Vaike-Kullamaa_(Vaikna)_vallavalitsus, lk 33
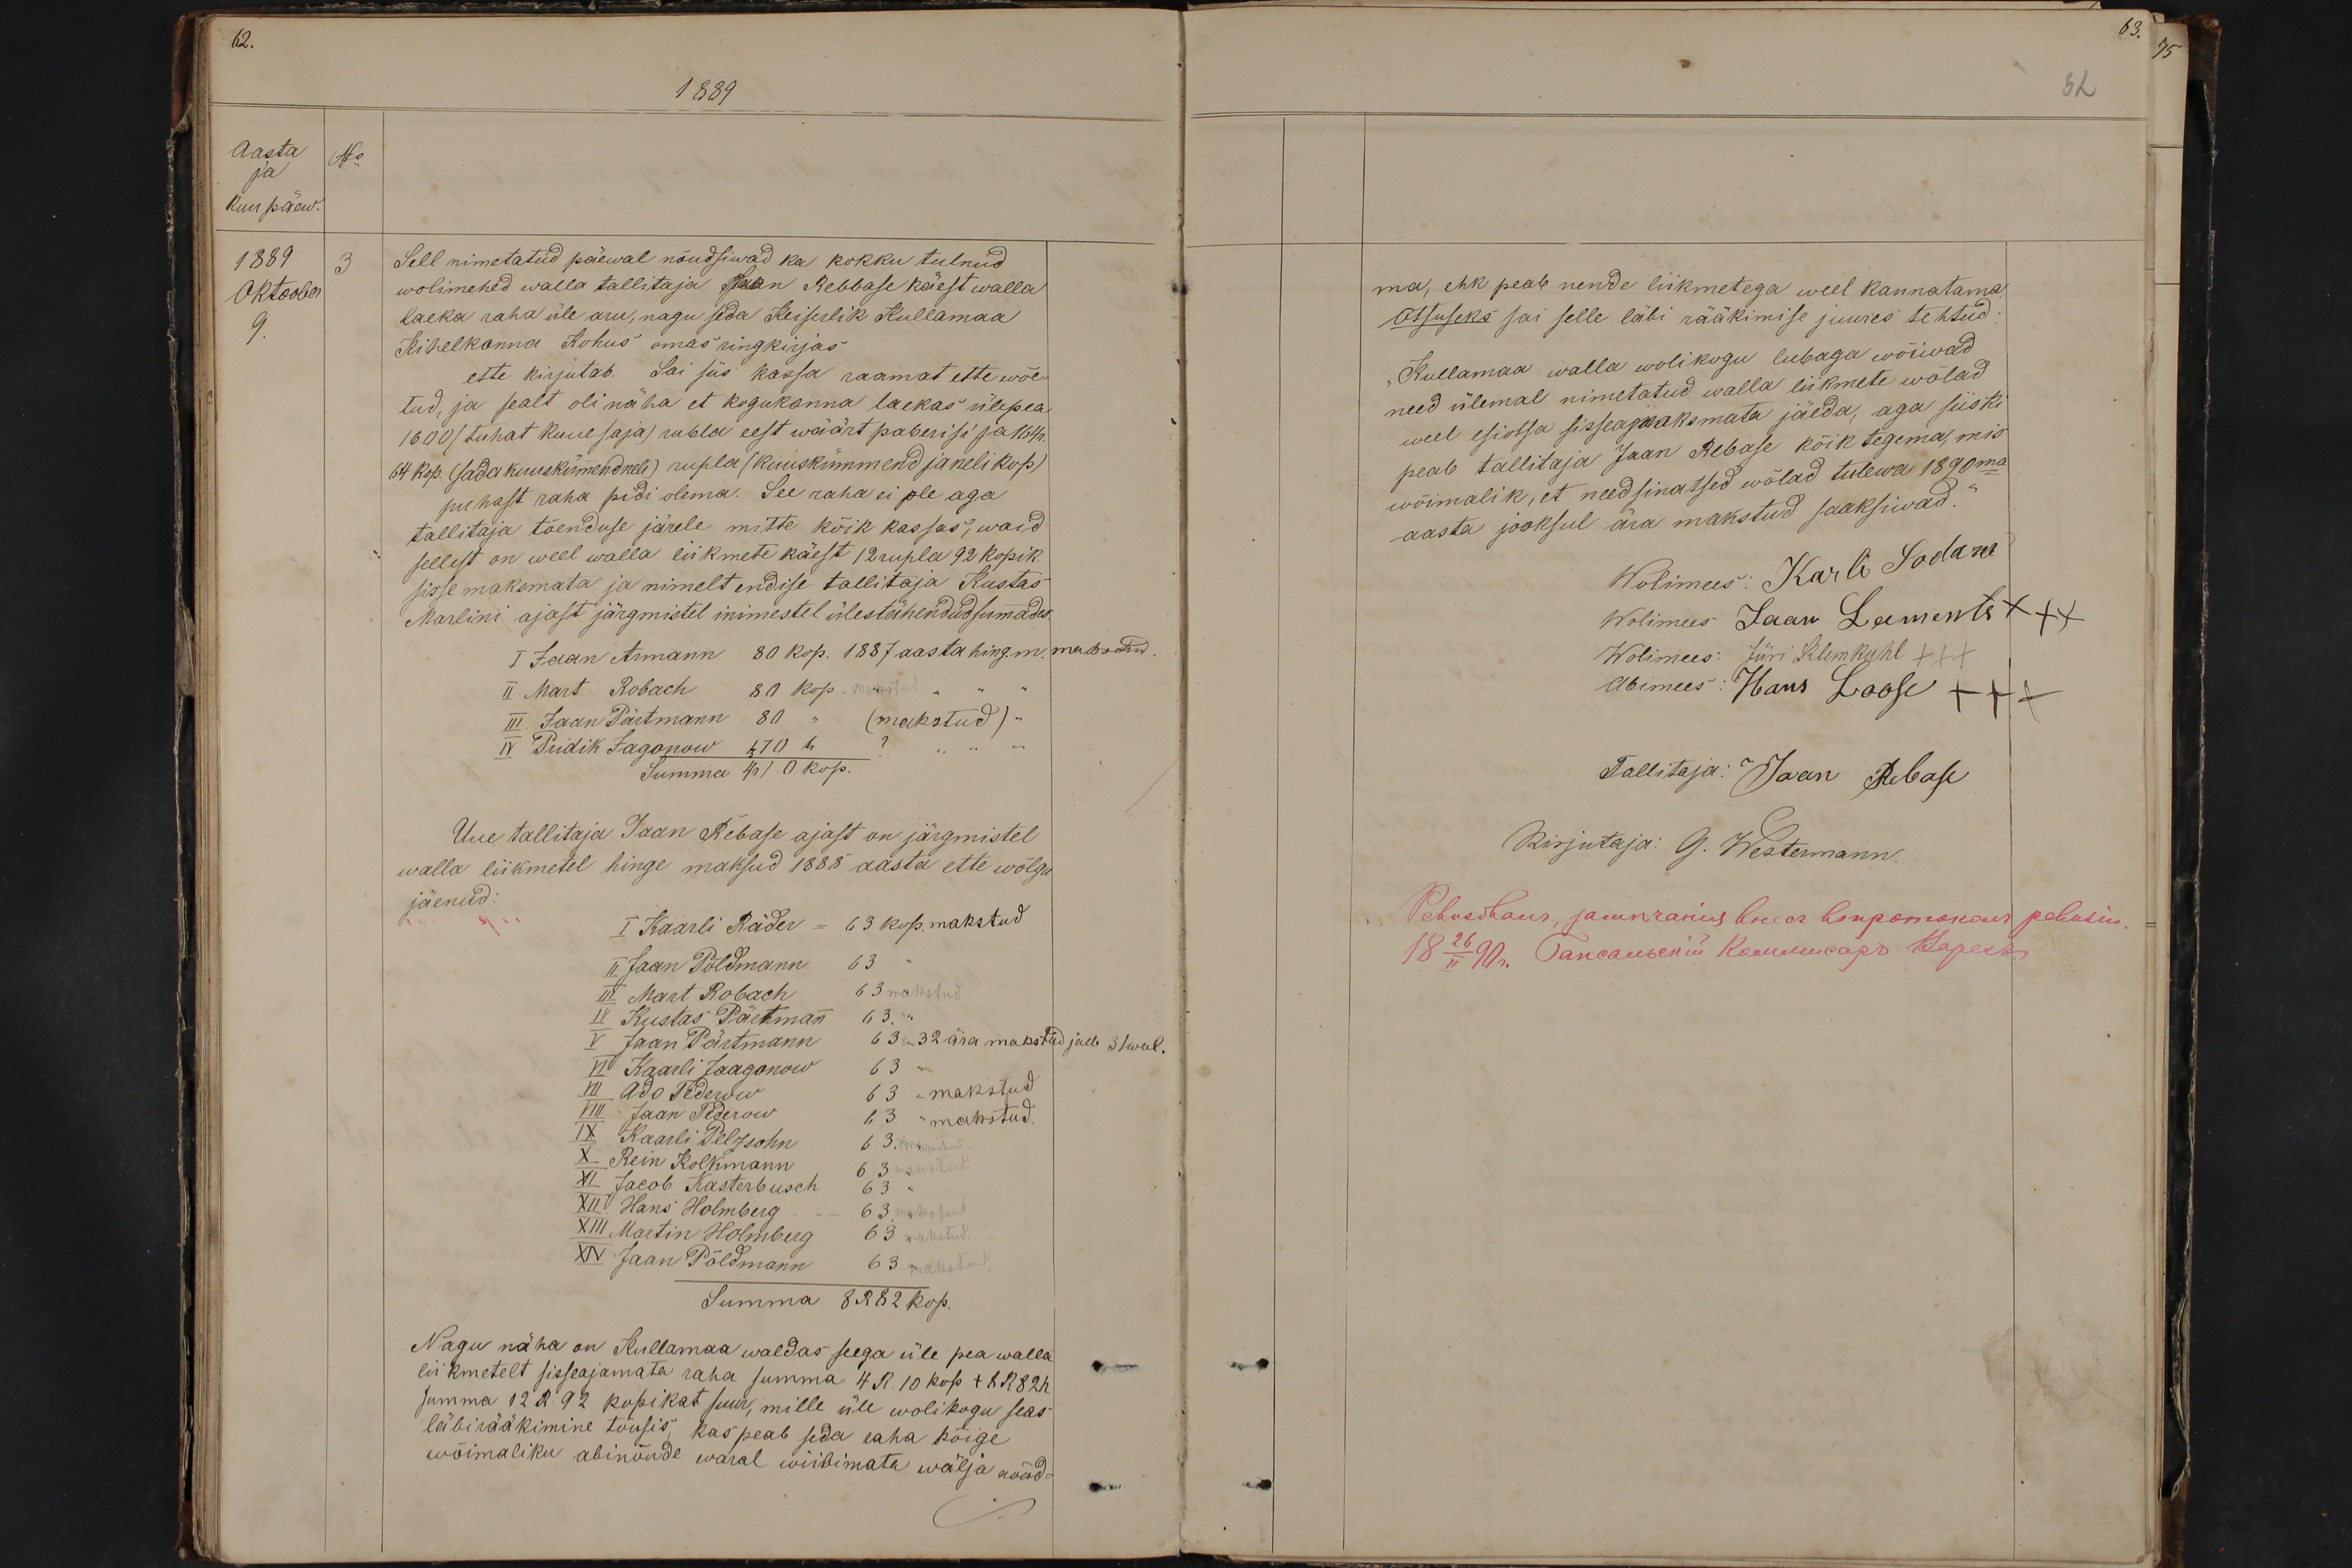
1889
Aasta
No
ja
No
kuu päew.
1889
3
Sell nimetatud päewal nõudsiwad ka kokku tulnud.
Oktoober
wolimehed walla tallitaja Jaan Rebbase käest walla
9.
laeka raha üle aru, nagu seda Keiserlik Kullamaa
Kihelkonna Kohus omas ringkirjas
ette kirjutab. Sai siis kassa raamat ette wõe-
tud, ja sealt oli näha et kogukonna laekas ülepea-
1600 (tuhat kuue saja) rubla eest wäärt paberisi ja 164 r
64 kop. (sada kuuskümMendneli) rupla (kuuskümmend ja neli kop)
puhast raha pidi olema. See raha ei ole aga
tallitaja tõenduse järele mitte kõik kassas, waid
sellest on weel walla liikmete käest /2 rupla 92 kopik
sisse maksmata ja nimelt endise tallitaja Kustas
Marlini ajast järgmistel inimestel ülestähendud sumades
I Jaan Armann 80 kop. 1887 aasta hing.m. makstud.
III. Jaan Pärtmann 80 " (makstud) -
IV Pridik Jagonow 170 " ?
Summa 4 r 10 kop.
Uue tallitaja Jaan Rebase ajast on järgmistel
walla liikmetel hinge maksud 1888 aasta ette wölgu
jäenud:
I Kaarli Räder - 63 kop. makstud
II Jaan Põldmann 63
II Mart Robach 63 makstud
IV Kustas Pärtsman 63 "
V Jaan Pärtmann
63  32 ära makstud jaeb 31 weel.
VI Kaarli Jaagonow 63
VII Ado Tederow 63 - makstud
IX Kaarli Pelzsohn 63
VIII Jaan Tederow 63 makstud.
X Rein Kolkmann 63 makstud
VI Jacob Kasterbusch 63
XII Hans Holmberg - 63 makstud
XIII Martin Holmberg 63 makstud.
XIV Jaan Põldmann 63 makstud
Summa 8 R 82 kop.
Nagu näha on Kullamaa waldas seega üle pea walla
liikmetelt sisseajamata raha summa 4 R 10 kop + 8 R 82k
summa 12 R. 92 kopikat suur, mille üle wolikogu seas
läbirääkimine tõusis, kas peab seda raha kõige
wõimaliku abinõude waral wiibimata wälja nõud-

63. 75
32
ma, ehk peab nende liikmetega weel kannatama
Otsuseks sai selle läbi rääkimise juures tehtud
Kullamaa walla wolikogu lubaga wõiwad
need ülemal nimetatud walla liikmete wõlad
weel esiotsa sissemaksmata jäeda, aga siiski
wõimalik, et need sinatsed wõlad tulewa 1890ma
peab tallitaja Jaan Rebase kõik tegema, mis
aasta jooksul ära makstud saaksiwad.
Wolimees: Karli Sodam
Wolimes Jaan Leements +++
Wolimes: Jüri Klemkuhl ++
Abimees: Hans Loose +++
Tallitaja: Jaan Rebase
Kirjutaja G. Westemann.